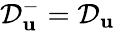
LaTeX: \mathcal{D}_{\mathbf{u}}^{-}=\mathcal{D}_{\mathbf{u}}